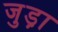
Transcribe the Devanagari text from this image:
जुड़़ा